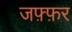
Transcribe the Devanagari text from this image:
जफ़्फ़र